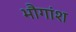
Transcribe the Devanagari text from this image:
भौगांश